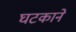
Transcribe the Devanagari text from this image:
घटकाने